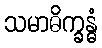
သမာဓိက္ခန္ဓံ